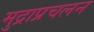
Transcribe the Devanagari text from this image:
मुद्राप्रचलन